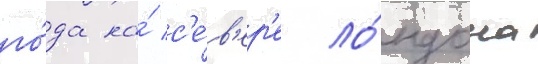
го́да на́ с'е́в'ер'е ло́ндона